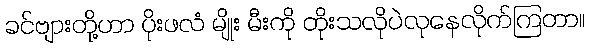
ခင်ဗျားတို့ဟာ ပိုးဖလံ မျိုး မီးကို တိုးသလိုပဲလုနေလိုက်ကြတာ။